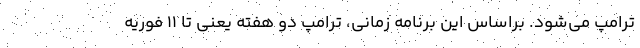
ترامپ می‌شود. براساس این برنامه زمانی، ترامپ دو هفته یعنی تا ۱۱ فوریه